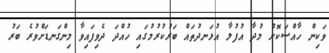
ވަކިން ހާއްސަކޮށް މުދާ އުފުލާ އުޅަނދުތައް ބަރުކުރުމުގައި ހުއްދަ ދެވިފައިވާ މިންގަނޑަށްވުރެ ބަރު